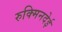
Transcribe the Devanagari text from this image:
रुक्मिनदेई